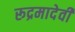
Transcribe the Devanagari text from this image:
रूद्रमादेवी